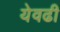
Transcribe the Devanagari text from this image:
येवढी